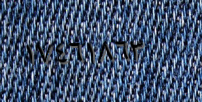
١٧٤٦١٨٦٣